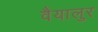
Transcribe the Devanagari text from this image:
वैयालुर